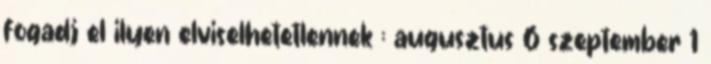
fogadj el ilyen elviselhetetlennek : augusztus 6 szeptember 1